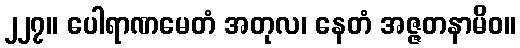
၂၂၇။ ပေါရာဏမေတံ အတုလ၊ နေတံ အဇ္ဇတနာမိဝ။